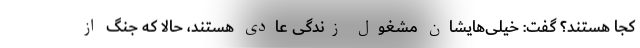
کجا هستند؟ گفت: خیلی‌هایشان مشغول زندگی عادی هستند، حالا که جنگ از